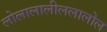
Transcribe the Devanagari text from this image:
लोलालालीललालोल